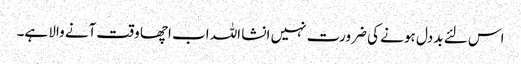
اس لئے بد دل ہو نے کی ضرورت نہیں انشا اللہ اب اچھا وقت آنے والا ہے۔